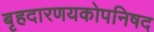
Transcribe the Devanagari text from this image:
बृहदारणयकोपनिषद